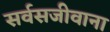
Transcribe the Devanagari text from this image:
सर्वसजीवाना